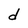
Character: d